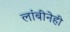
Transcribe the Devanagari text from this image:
लांबीनेही